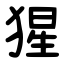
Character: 猩